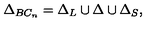
\Delta _ { B C _ { n } } = \Delta _ { L } \cup \Delta \cup \Delta _ { S } ,